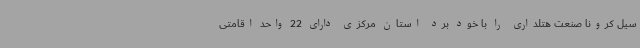
سیل کرونا صنعت هتلداری را با خود برد استان مرکزی دارای 22 واحد اقامتی